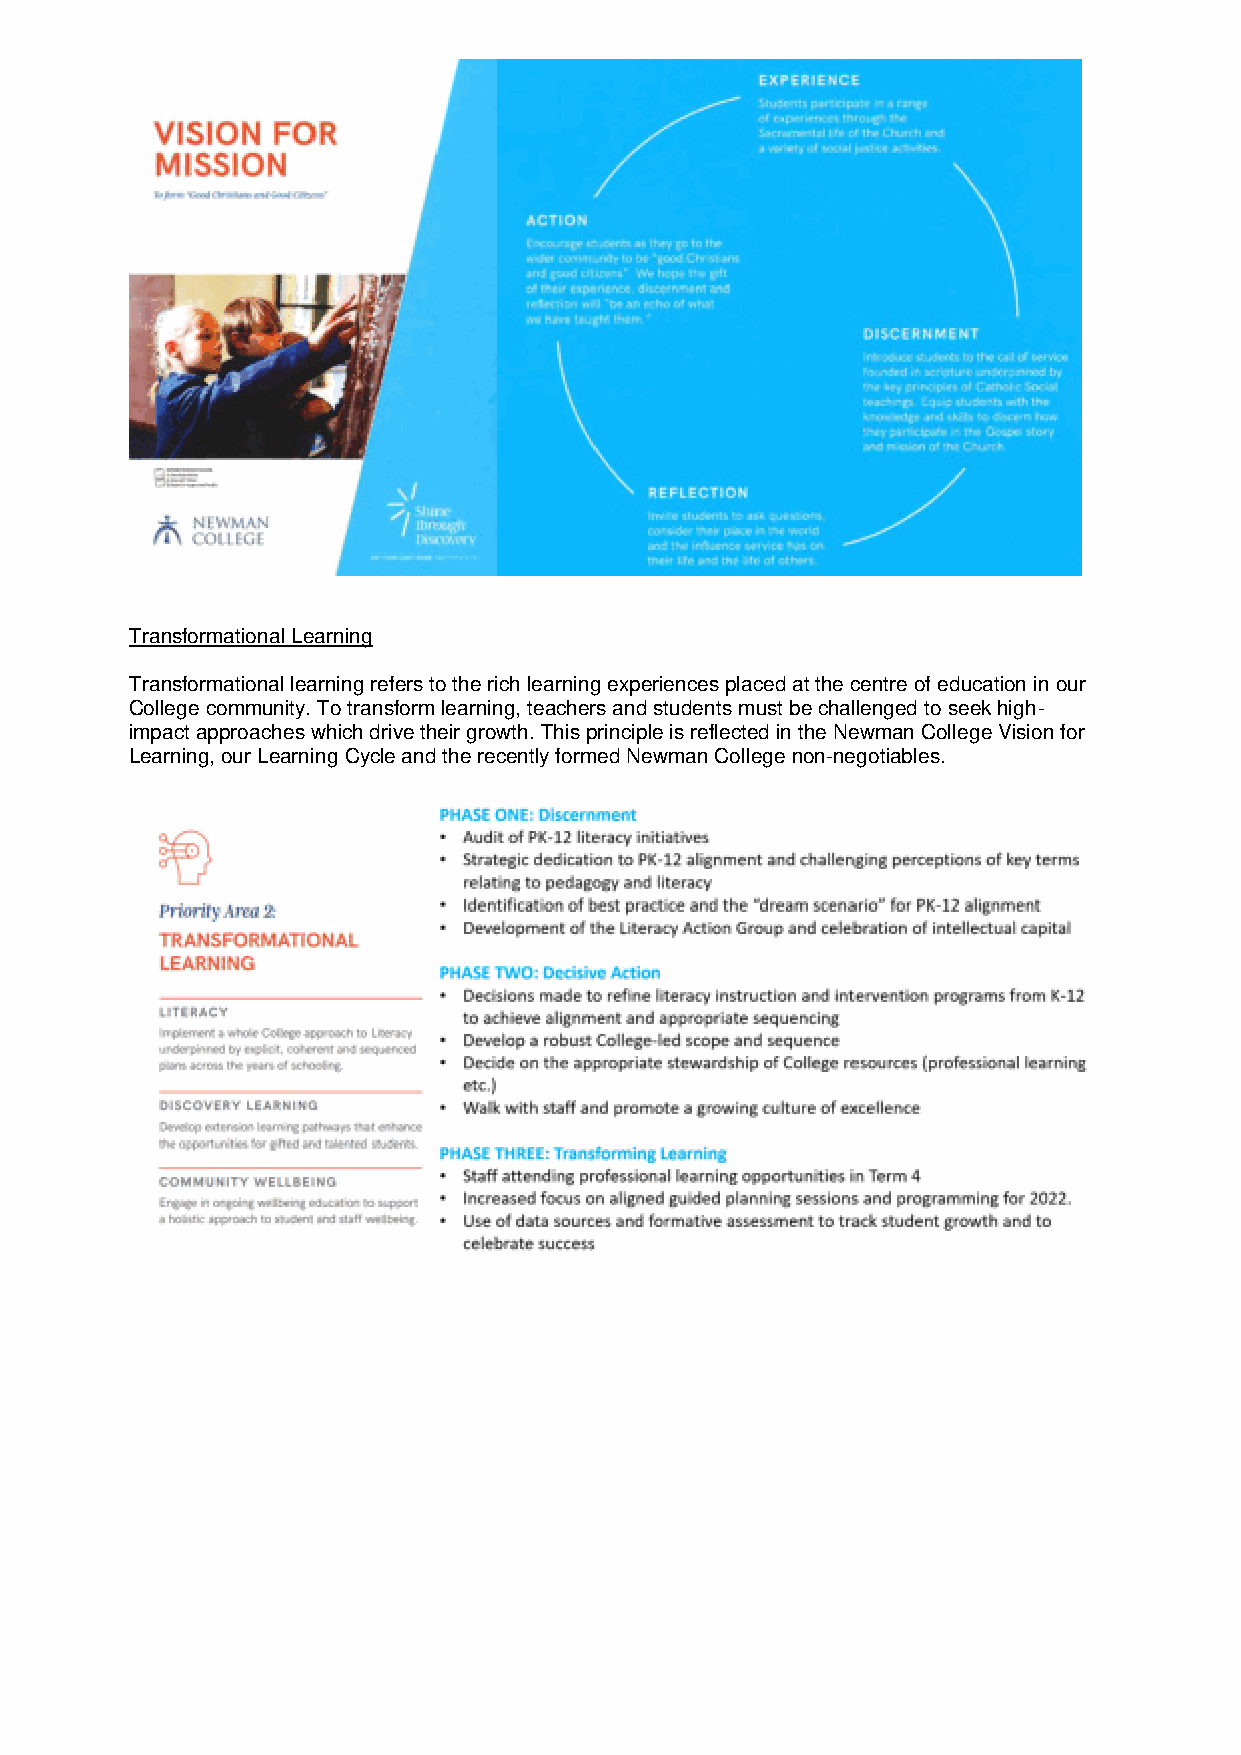
Transformational Learning
 Transformational learning refers to the rich learning experiences placed at the centre of education in our
 College community. To transform learning, teachers and students must be challenged to seek high-
 impact approaches which drive their growth. This principle is reflected in the Newman College Vision for
 Learning, our Learning Cycle and the recently formed Newman College non-negotiables.